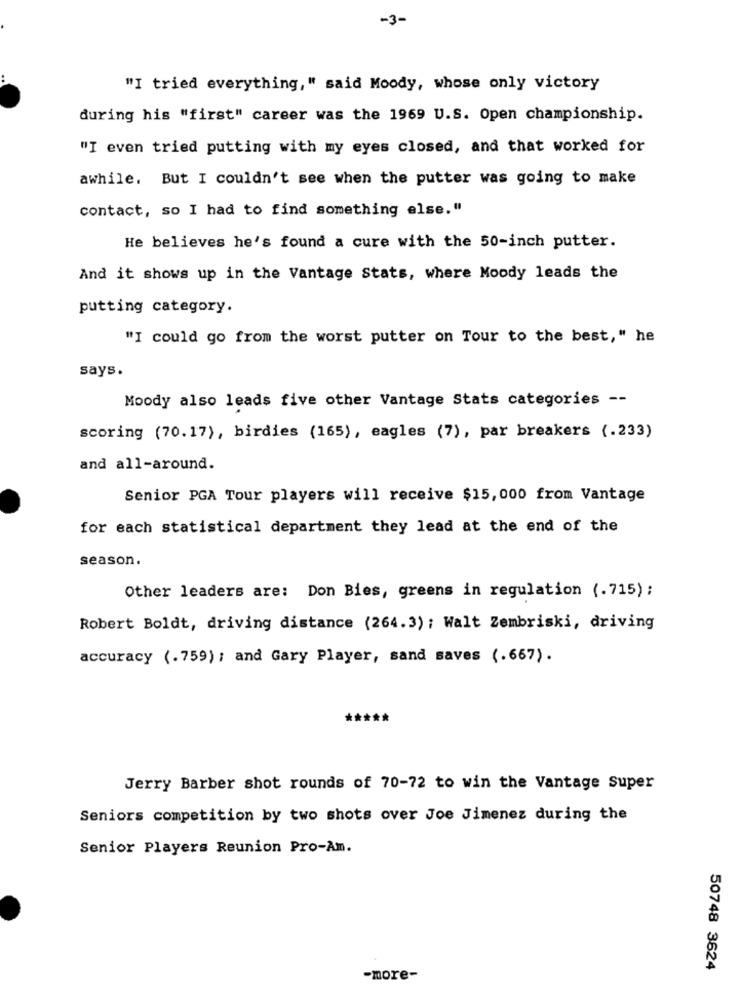
-3-
"I tried everything," said Moody, whose only victory
during his "first" career was the 1969 U.S. Open championship.
"I even tried putting with my eyes closed, and that worked for
awhile. But I couldn't see when the putter was going to make
contact, so I had to find something else."
He believes he's found a cure with the 50-inch putter.
And it shows up in the Vantage Stats, where Moody leads the
putting category.
"I could go from the worst putter on Tour to the best," he
says.
Moody also leads five other Vantage Stats categories --
scoring (70.17), birdies (165), eagles (7), par breakers (.233)
and all-around.
Senior PGA Tour players will receive $15,000 from Vantage
for each statistical department they lead at the end of the
season.
Other leaders are: Don Bies, greens in regulation (.715) ;
Robert Boldt, driving distance (264.3) ; Walt Zembriski, driving
accuracy (.759) ; and Gary Player, sand saves (.667).
*****
Jerry Barber shot rounds of 70-72 to win the Vantage Super
Seniors competition by two shots over Joe Jimenez during the
Senior Players Reunion Pro-Am.
50748 3624
-more-